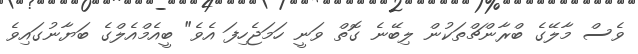
ވެސް މާލޭގެ ބްރާންޗްތަކުން ލިބޭނެ ގޮތް ވަނީ ހަމަޖެހިފަ އެވެ" ބީއެމްއެލްގެ ބަޔާނުގައިވެ